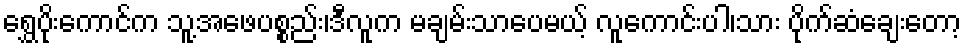
ရွှေပိုးကောင်က သူ့အဖေပစ္စည်း၊ဒီလူက မချမ်းသာပေမယ့် လူကောင်းပါ၊သား ပိုက်ဆံချေးတော့